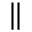
\Vert